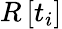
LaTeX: R\left[t_{i}\right]